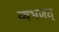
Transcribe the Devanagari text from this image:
व्यभजत्